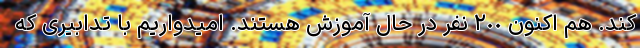
کند. هم اکنون ٢٠٠ نفر در حال آموزش هستند. امیدواریم با تدابیری که